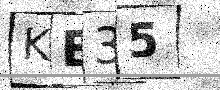
Text: KE35